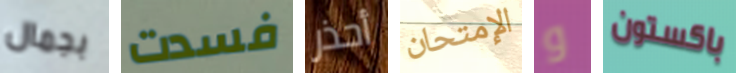
بجمال فسدت أحذر الإمتحان و باكستون